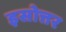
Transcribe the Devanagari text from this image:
इसोत्तर